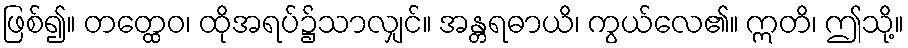
ဖြစ်၍။ တတ္ထေဝ၊ ထိုအရပ်၌သာလျှင်။ အန္တရဓာယိ၊ ကွယ်လေ၏။ ဣတိ၊ ဤသို့။